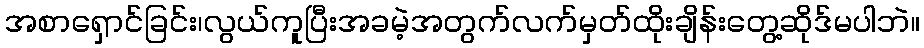
အစာရှောင်ခြင်း၊လွယ်ကူပြီးအခမဲ့အတွက်လက်မှတ်ထိုးချိန်းတွေ့ဆိုဒ်မပါဘဲ။